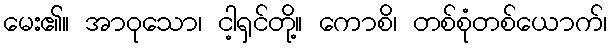
မေး၏။ အာဝုသော၊ ငါ့ရှင်တို့။ ကောစိ၊ တစ်စုံတစ်ယောက်၊